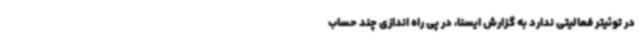
در توئیتر فعالیتی ندارد به گزارش ایسنا، در پی راه اندازی چند حساب